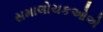
સમાલોચકઓએ